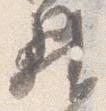
昇